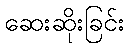
ဆေးဆိုးခြင်း